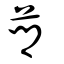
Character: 薌